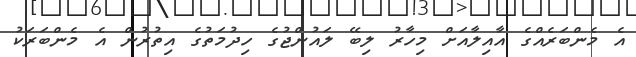
އެ މެންބަރެއްގެ އާއިލާއަށް މިހާރު ލިބޭ ލައުންޖުގެ ހިދުމަތުގެ އިތުރުން އެ މެންބަރަކު